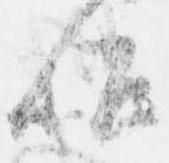
候